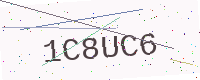
Text: 1C8UC6